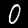
Label: 0